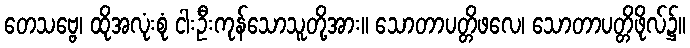
တေသဗ္ဗေ၊ ထိုအလုံးစုံ ငါးဦးကုန်သောသူတို့အား။ သောတာပတ္တိဖလေ၊ သောတာပတ္တိဖိုလ်၌။